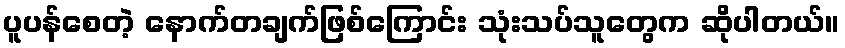
ပူပန်စေတဲ့ နောက်တချက်ဖြစ်ကြောင်း သုံးသပ်သူတွေက ဆိုပါတယ်။